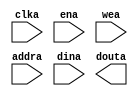
module I_cache(
	clka,
	ena,
	wea,
	addra,
	dina,
	douta);


input clka;
input ena;
input [0 : 0] wea;
input [6 : 0] addra;
input [31 : 0] dina;
output [31 : 0] douta;

// synthesis translate_off

      BLK_MEM_GEN_V4_2 #(
		.C_ADDRA_WIDTH(7),
		.C_ADDRB_WIDTH(7),
		.C_ALGORITHM(1),
		.C_BYTE_SIZE(9),
		.C_COMMON_CLK(0),
		.C_DEFAULT_DATA("0"),
		.C_DISABLE_WARN_BHV_COLL(0),
		.C_DISABLE_WARN_BHV_RANGE(0),
		.C_FAMILY("spartan3"),
		.C_HAS_ENA(1),
		.C_HAS_ENB(0),
		.C_HAS_INJECTERR(0),
		.C_HAS_MEM_OUTPUT_REGS_A(0),
		.C_HAS_MEM_OUTPUT_REGS_B(0),
		.C_HAS_MUX_OUTPUT_REGS_A(0),
		.C_HAS_MUX_OUTPUT_REGS_B(0),
		.C_HAS_REGCEA(0),
		.C_HAS_REGCEB(0),
		.C_HAS_RSTA(0),
		.C_HAS_RSTB(0),
		.C_HAS_SOFTECC_INPUT_REGS_A(0),
		.C_HAS_SOFTECC_OUTPUT_REGS_B(0),
		.C_INITA_VAL("0"),
		.C_INITB_VAL("0"),
		.C_INIT_FILE_NAME("no_coe_file_loaded"),
		.C_LOAD_INIT_FILE(0),
		.C_MEM_TYPE(0),
		.C_MUX_PIPELINE_STAGES(0),
		.C_PRIM_TYPE(1),
		.C_READ_DEPTH_A(128),
		.C_READ_DEPTH_B(128),
		.C_READ_WIDTH_A(32),
		.C_READ_WIDTH_B(32),
		.C_RSTRAM_A(0),
		.C_RSTRAM_B(0),
		.C_RST_PRIORITY_A("CE"),
		.C_RST_PRIORITY_B("CE"),
		.C_RST_TYPE("SYNC"),
		.C_SIM_COLLISION_CHECK("ALL"),
		.C_USE_BYTE_WEA(0),
		.C_USE_BYTE_WEB(0),
		.C_USE_DEFAULT_DATA(0),
		.C_USE_ECC(0),
		.C_USE_SOFTECC(0),
		.C_WEA_WIDTH(1),
		.C_WEB_WIDTH(1),
		.C_WRITE_DEPTH_A(128),
		.C_WRITE_DEPTH_B(128),
		.C_WRITE_MODE_A("WRITE_FIRST"),
		.C_WRITE_MODE_B("WRITE_FIRST"),
		.C_WRITE_WIDTH_A(32),
		.C_WRITE_WIDTH_B(32),
		.C_XDEVICEFAMILY("spartan3"))
	inst (
		.CLKA(clka),
		.ENA(ena),
		.WEA(wea),
		.ADDRA(addra),
		.DINA(dina),
		.DOUTA(douta),
		.RSTA(),
		.REGCEA(),
		.CLKB(),
		.RSTB(),
		.ENB(),
		.REGCEB(),
		.WEB(),
		.ADDRB(),
		.DINB(),
		.DOUTB(),
		.INJECTSBITERR(),
		.INJECTDBITERR(),
		.SBITERR(),
		.DBITERR(),
		.RDADDRECC());


// synthesis translate_on

// XST black box declaration
// box_type "black_box"
// synthesis attribute box_type of I_cache is "black_box"

endmodule